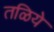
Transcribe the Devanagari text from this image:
तळिये